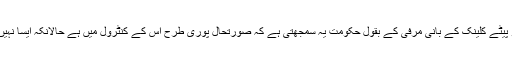
بائرو پیٹے کلینک کے بانی مرفی کے بقول حکومت یہ سمجھتی ہے کہ صورتحال پوری طرح اس کے کنٹرول میں ہے حالانکہ ایسا نہیں ہے۔